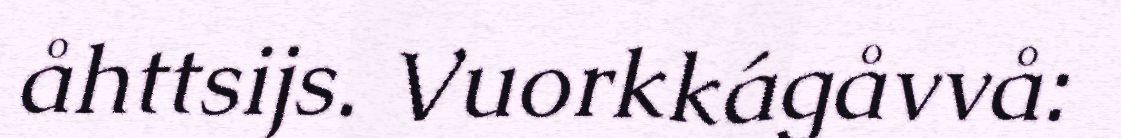
åhttsijs. Vuorkkágåvvå: